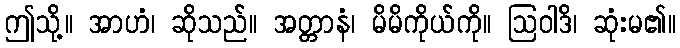
ဤသို့။ အာဟံ၊ ဆိုသည်။ အတ္တာနံ၊ မိမိကိုယ်ကို။ ဩဝါဒိ၊ ဆုံးမ၏။